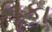
લૂકા